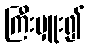
ကြီးမှူး၍